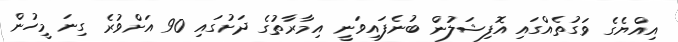
އިއްޔެގެ ވަގުތެއްގައި އޮފިޝަލުން ބުނެފައިވަނީ އިމާރާތުގެ ދަށުގައި 90 އަށްވުރެ ގިނަ މީހުން